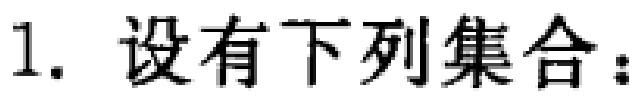
1. 设有下列集合：